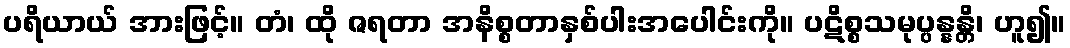
ပရိယာယ် အားဖြင့်။ တံ၊ ထို ဇရတာ အနိစ္စတာနှစ်ပါးအပေါင်းကို။ ပဋိစ္စသမုပ္ပန္နန္တိ၊ ဟူ၍။